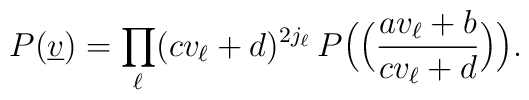
P(\underline{v})=\prod_\ell(cv_\ell+d)^{2j_\ell}\,P	\Big(\Big(\frac{av_\ell+b}{cv_\ell+d}\Big)\Big).